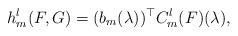
LaTeX: \begin{align*} h_m^l(F,G)=(b_m(\lambda))^{\top}C_m^l(F)(\lambda),\end{align*}